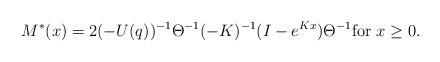
LaTeX: \begin{align*} M^*(x) = 2 (-U(q))^{-1} \Theta^{-1} (-K)^{-1} (I-e^{K x})\Theta^{-1} \mbox{for $x \geq 0$.}\end{align*}